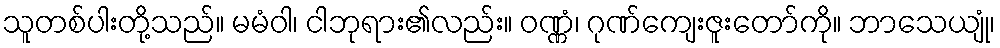
သူတစ်ပါးတို့သည်။ မမံဝါ၊ ငါဘုရား၏လည်း။ ဝဏ္ဏံ၊ ဂုဏ်ကျေးဇူးတော်ကို။ ဘာသေယျုံ၊